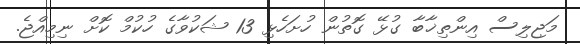
މަޖިލިސް އިންތިޚާބާ ގުޅޭ ގޮތުން ހުށަހެޅި 13 ޝަކުވާގެ ހުކުމް ކޮށް ނިމިއްޖެ.